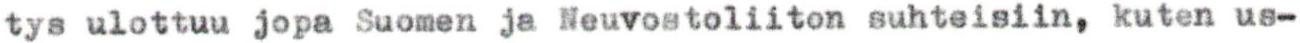
tys ulottuu jopa Suomen ja Neuvostoliiton suhteisiin, kuten us-